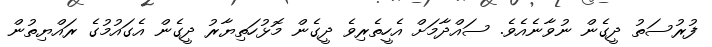
ފުރުސަތު ދީގެން ނުވާނެއެވެ. ސައްދާމަށް އެހީތެރިވެ ދީގެން މޮޅުހަތިޔާރު ދީގެން އެގައުމުގެ ރައްޔިތުން